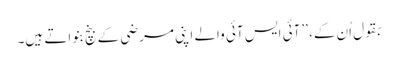
بقول اُن کے، ’’آئی ایس آئی والے اپنی مرضی کے بنچ بنواتے ہیں۔